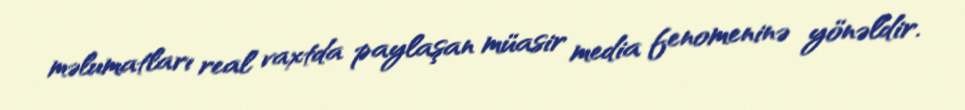
məlumatları real vaxtda paylaşan müasir media fenomeninə yönəldir.